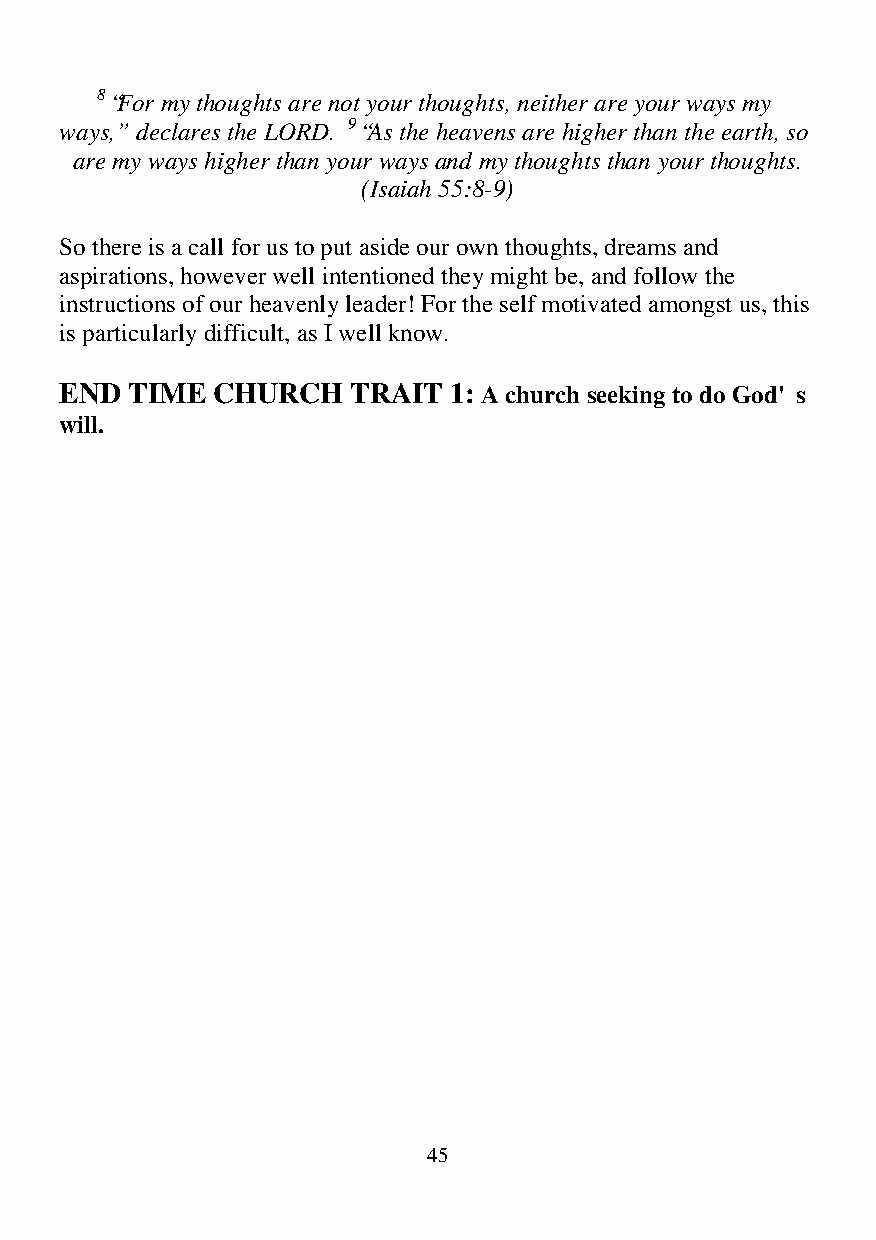
8 “For my thoughts are not your thoughts, neither are your ways my
 ways,” declares the LORD. 9 “As the heavens are higher than the earth, so
 are my ways higher than your ways and my thoughts than your thoughts.
 (Isaiah 55:8-9)
 So there is a call for us to put aside our own thoughts, dreams and
 aspirations, however well intentioned they might be, and follow the
 instructions of our heavenly leader! For the self motivated amongst us, this
 is particularly difficult, as I well know.
 END TIME  CHURCH   TRAIT  1: A church seeking to do God's
 will.
 45